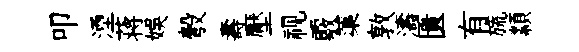
叩湮蒋娱彀壽壓视覈蕖敦濤匱有旒纇